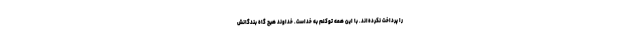
را پرداخت نکرده‌اند. با این همه توکلم به خداست. خداوند هیچ گاه بندگانش